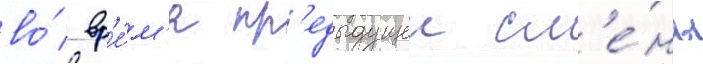
во́ вр'е́м'я пр'едыдущеи см'е́ны